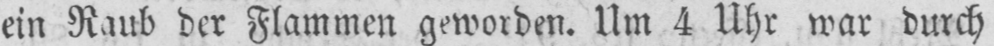
ein Raub der Flammen geworden. Um 4 Uhr war durch